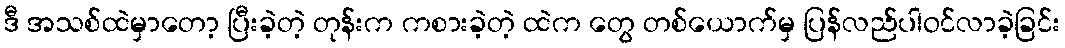
ဒီ အသစ်ထဲမှာတော့ ပြီးခဲ့တဲ့ တုန်းက ကစားခဲ့တဲ့ ထဲက တွေ တစ်ယောက်မှ ပြန်လည်ပါဝင်လာခဲ့ခြင်း